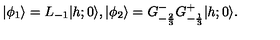
\vert \phi _ { 1 } \rangle = L _ { - 1 } \vert { h ; 0 } \rangle { } , { } { } { } \vert \phi _ { 2 } \rangle = G _ { - { \frac { 2 } { 3 } } } ^ { - } G _ { - { \frac { 1 } { 3 } } } ^ { + } \vert { h ; 0 } \rangle { } .